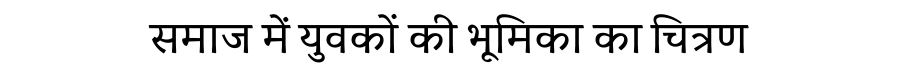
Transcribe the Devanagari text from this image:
समाज में युवकों की भूमिका का चित्रण